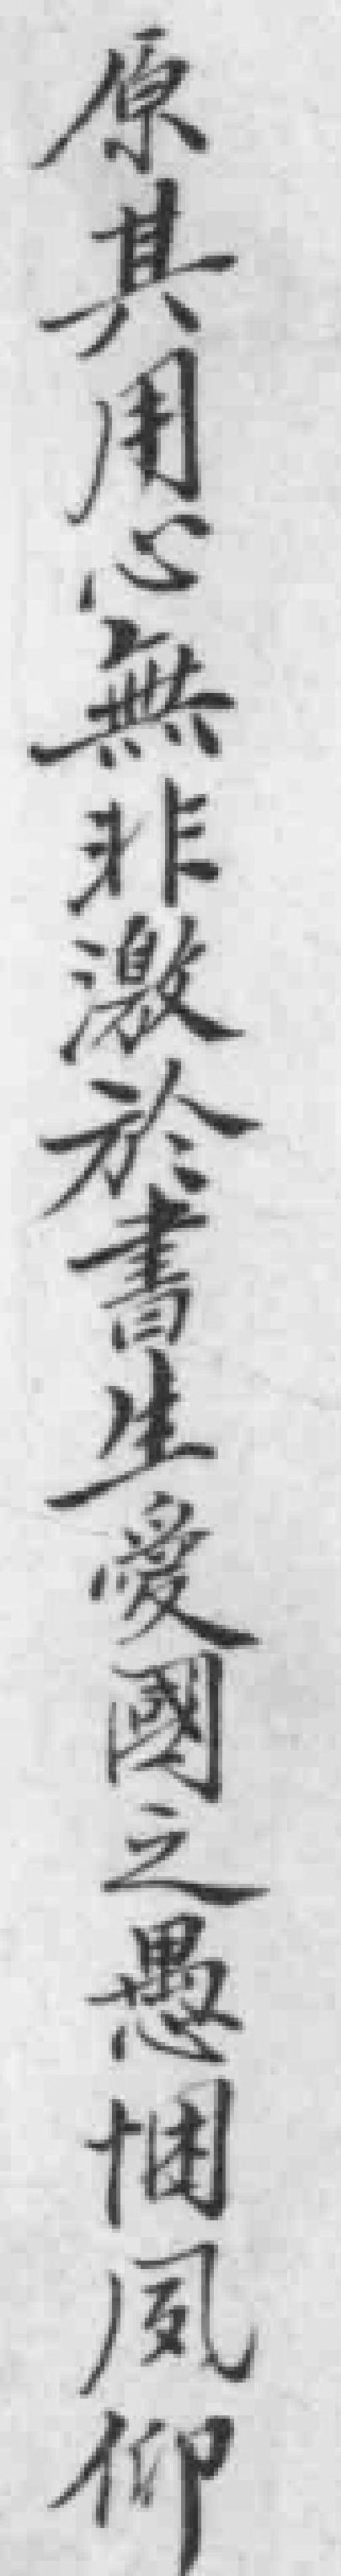
原其用心無非激於書生愛國之愚悃夙仰